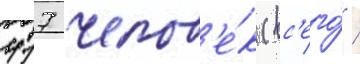
417 челов'е́к (вс'его́ /